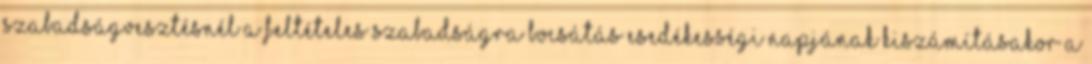
szabadságvesztésnél a feltételes szabadságra bocsátás esedékességi napjának kiszámításakor a